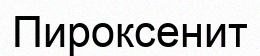
Пироксенит